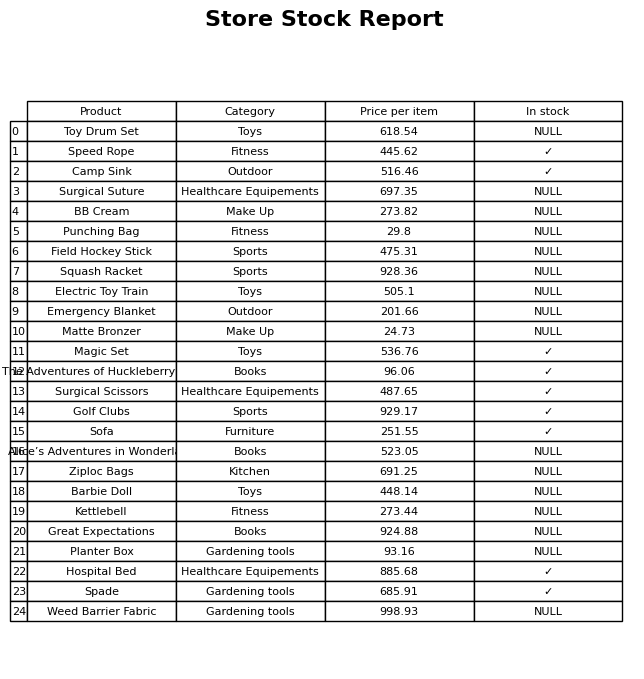
question: Which products are currently out of stock?
answer: Toy Drum Set, Surgical Suture, BB Cream, Punching Bag, Field Hockey Stick, Squash Racket, Electric Toy Train, Emergency Blanket, Matte Bronzer, Alice’s Adventures in Wonderland, Ziploc Bags, Barbie Doll, Kettlebell, Great Expectations, Planter Box, Weed Barrier Fabric